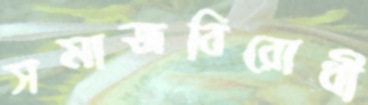
সমাজবিরোধী